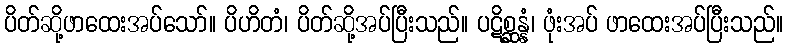
ပိတ်ဆို့ဖာထေးအပ်သော်။ ပိဟိတံ၊ ပိတ်ဆို့အပ်ပြီးသည်။ ပဋိစ္ဆန္နံ၊ ဖုံးအပ် ဖာထေးအပ်ပြီးသည်။